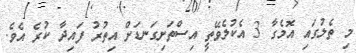
މި ތެލުގައި އޮމެގާ 3 އެކުލެވޭތީ އިސްތަށިގަނޑަށް އިތުރު ފައިދާ ކުރެ އެވެ.